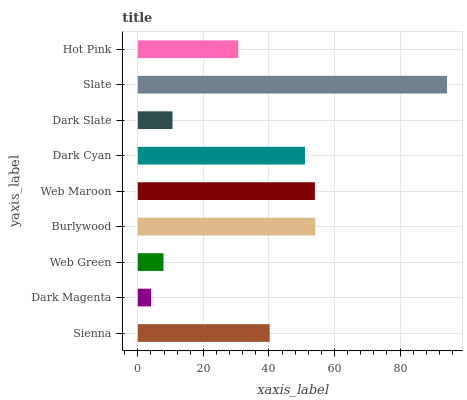
| yaxis_label | bars |
 | --- | --- |
 | Sienna | 40.2 |
 | Dark Magenta | 4.03 |
 | Web Green | 7.83 |
 | Burlywood | 54.1 |
 | Web Maroon | 54 |
 | Dark Cyan | 51 |
 | Dark Slate | 10.6 |
 | Slate | 94.3 |
 | Hot Pink | 30.6 |